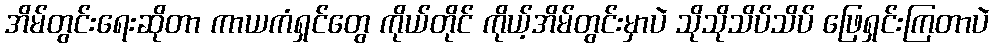
အိမ်တွင်းရေးဆိုတာ ကာယကံရှင်တွေ ကိုယ်တိုင် ကိုယ့်အိမ်တွင်းမှာပဲ သိုသိုသိပ်သိပ် ဖြေရှင်းကြတာပဲ